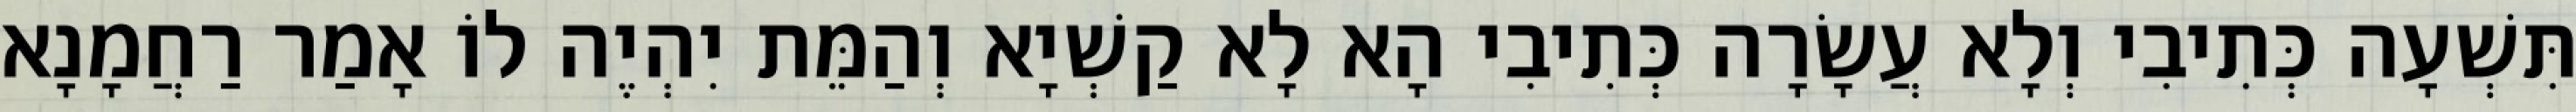
תִּשְׁעָה כְּתִיבִי וְלָא עֲשָׂרָה כְּתִיבִי הָא לָא קַשְׁיָא וְהַמֵּת יִהְיֶה לוֹ אָמַר רַחֲמָנָא